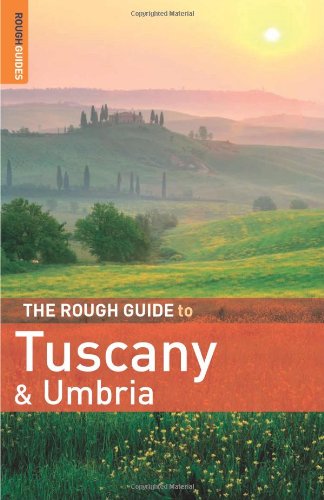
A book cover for The Rough Guide to Tuscany and Umbria 7 (Rough Guide Travel Guides); Tim Jepson; Travel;